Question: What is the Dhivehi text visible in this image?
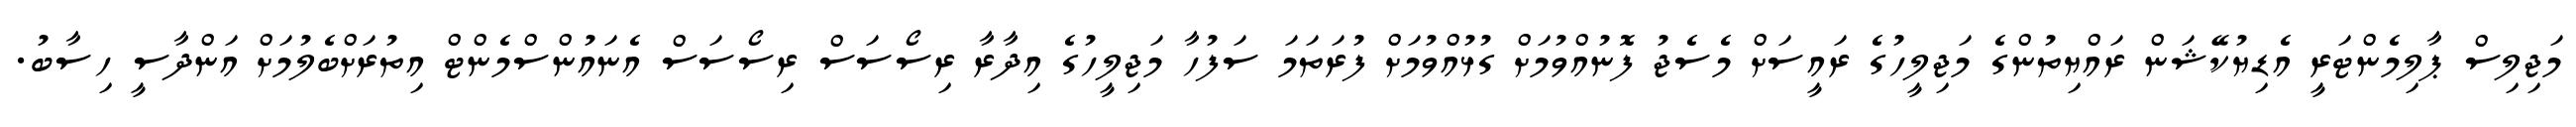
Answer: މަޖިލިސް ޕާލިމެންޓަރީ އެޑިޔުކޭޝަން ރައްޔިތުންގެ މަޖިލީހުގެ ރައީސަށް މެސެޖު ފޮނުއްވުމަށް ގުޅުއްވުމަށް ފުރަތަމަ ސަފުހާ މަޖިލީހުގެ އިދާރާ ރިސޯސަސް ރިސޯސަސް އެނައުންސްމެންޓް އިތުރަށްބެލުމަށް އަންދާސީ ހިސާބު.